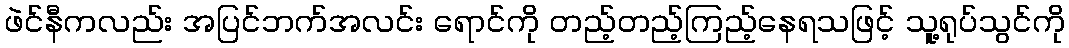
ဖဲင်နီကလည်း အပြင်ဘက်အလင်း ရောင်ကို တည့်တည့်ကြည့်နေရသဖြင့် သူ့ရုပ်သွင်ကို